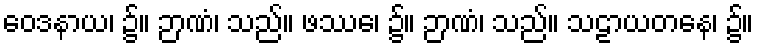
ဝေဒနာယ၊ ၌။ ဉာဏံ၊ သည်။ ဖဿေ၊ ၌။ ဉာဏံ၊ သည်။ သဠာယတနေ၊ ၌။